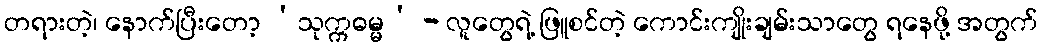
တရားတဲ့၊ နောက်ပြီးတော့ ‘သုက္ကဓမ္မ’ - လူတွေရဲ့ ဖြူစင်တဲ့ ကောင်းကျိုးချမ်းသာတွေ ရနေဖို့ အတွက်